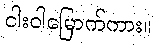
ငါးဝါမြောက်ကား။